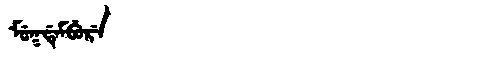
Manchu: ᠮᡠᡴᡩᡝᠮᠪᡠᡵᡝ
Romanization: MUKDEMBURE